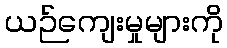
ယဉ်ကျေးမှုများကို